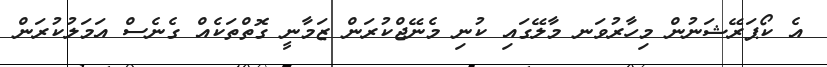
އެ ކޯޕަރޭޝަނުން މިހާރުވަނ މާލޭގައި ކުނި މެނޭޖްކުރަން ޒަމާނީ ގޮތްތަކެއް ގެނެސް އަމަލުކުރަން